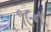
૧૯ના